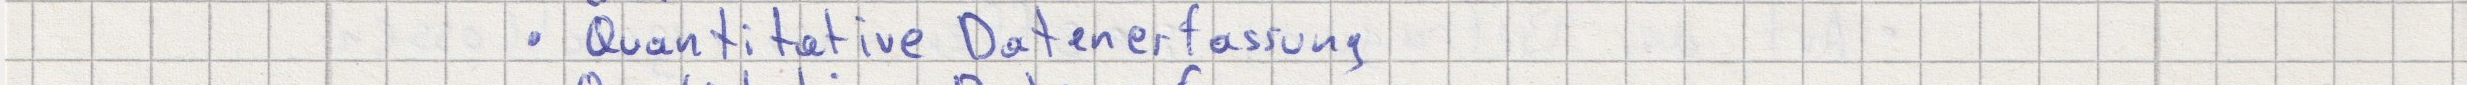
- Quantitative Datenerfassung